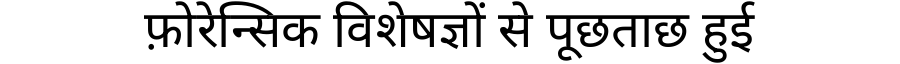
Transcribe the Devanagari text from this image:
फ़ोरेन्सिक विशेषज्ञों से पूछताछ हुई